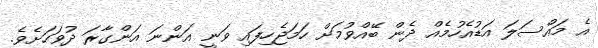
އެ މައްސަލަ އަޑުއެހުމެއް ދެން ބޭއްވުމަށް ހަމަޖެހިފައި ވަނީ އަންނަ އަންގާރަ ދުވަހަށެވެ.